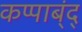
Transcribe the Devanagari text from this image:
कप्पाब्ंद्